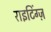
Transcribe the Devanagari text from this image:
राइटिंग्ज़